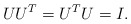
\begin{align*}U U^T = U^TU=I.\end{align*}